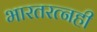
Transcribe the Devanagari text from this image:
भारतरत्नही